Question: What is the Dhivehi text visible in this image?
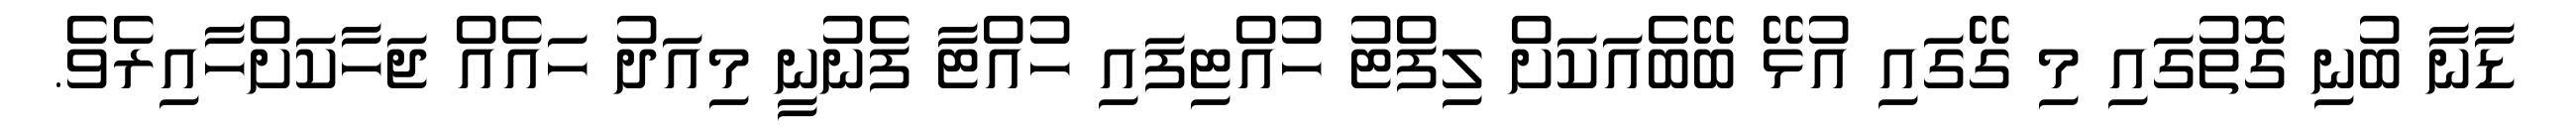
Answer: ޑާނާ ބުނި ގޮތުގައި މި ގޭގައި އުޅޭ ބޭބެއަކަށް ލިފްޓު ހުއްޓިފައި ހުއްޓާ ފެނުނީ މިއަދު ހައެއް ޖަހާކަށްހާއިރެވެ.